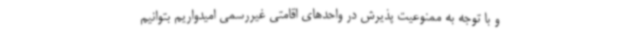
و با توجه به ممنوعیت پذیرش در واحدهای اقامتی غیررسمی امیدواریم بتوانیم